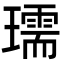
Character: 瓀